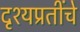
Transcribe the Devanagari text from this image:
दृश्यप्रतींचे